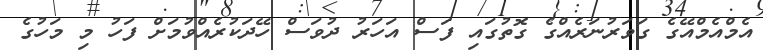
އެމްއެމްއޭގެ ގަވަރުނަރެއްގެ ގޮތުގައި ފަސް އަހަރު ދުވަސް ހޭދަކުރެއްވުމަށް ފަހު މި މަހުގެ